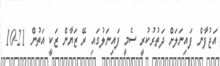
އަޖުފާން ފައިނަލަށް ދަތުރުކުރީ ސެމީ ފައިނަލުގައި ރޭ ޒަޔާން ޒަކީ އަތުން 21-10